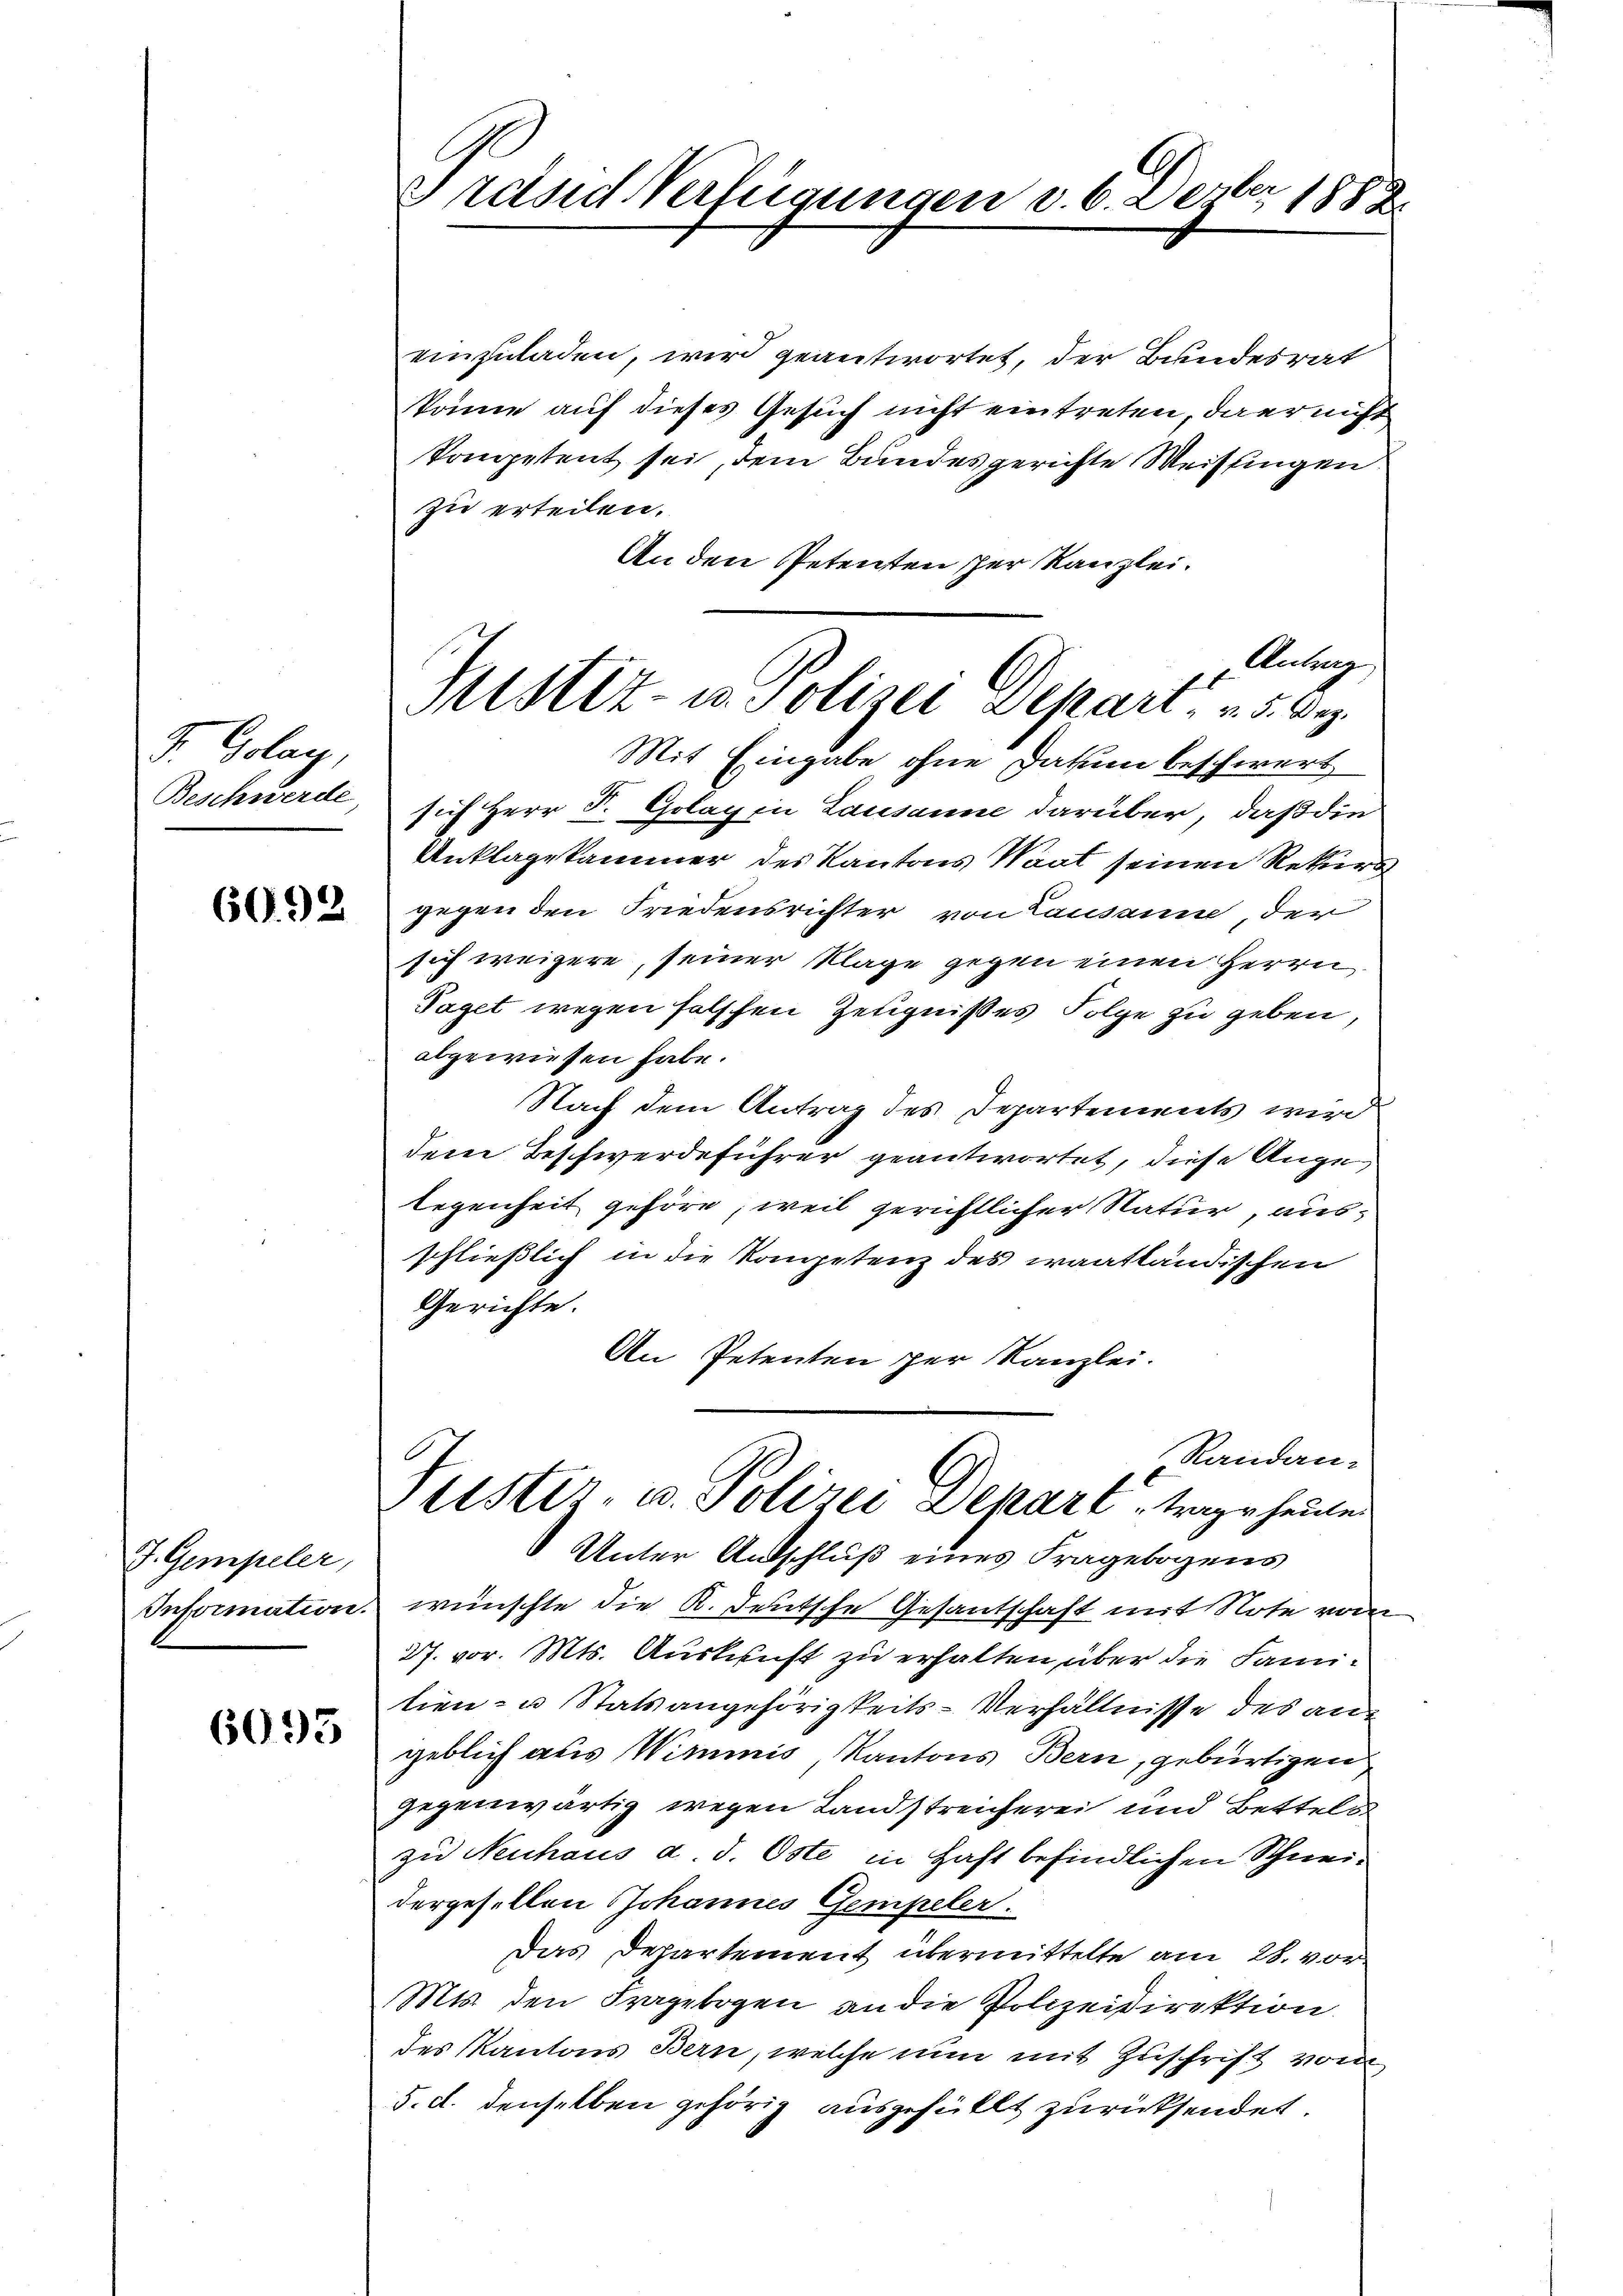
F. Golay,
Beschwerde,

60.93

J. Gempeler,
Information.

6093

Präsid Verfügungen v. 6. Derber 1889.

MSit- u. Polizei Depart v. 5. Dez.
Mit Eingabe ohne Datum beschwert
sich Herr F. Golag in Lausanne darüber, daß die

einzuladen, wird geantwortet, der Bundesrat
könne auf dieses Gesuch nicht eintreten darnicht
kompetent sei, dem Bundesgerichte Weisungen.
zu erteilen.
An den Petenten scher Kanzlei.
Antrag
Anklagekammer des Kantons Waat seinen Rekurs
gegen den Friedensrichter von Lausanne der
sich weigere, seiner Klage gegen einen Herrn
Taget wegen falschen Zeugnißes Folge zu geben,
abgewiesen habe.
Nach dem Antrag des Departements wird
dem Beschwerdeführer geantwortet, diese Auge
legenheit gehöre, weil gerichtlicher Natur, ausschließlich in die Kompetenz des waatländischen
Gerichte.
An Petenten per Kanzlei.
Randan-
ustiz- u. Polizei Depart, trage heuten
Unter Antschluß eines Fragebogens
wünschte die K. Deutsche Gesantschaft mit Note vom
27. vor. Mts. Auskunft zu erhalten, über die Famitien- u Statsangehörigkeits-Verhältnisse des angeblich aus Wimmis, Kantons Bern, gebürtigen
gegenwärtig wegen Landstreicherei und Betteln
zu Neuhaus d. d. Oste in Haft befindlichen Schneidergesellen Johannes Gempeler.
Das Departement übermittelte am 28. vor
Mts. den Fragebogen an die Polizeidirektion.
des Kantons Bern, welche nun mit Zuschrift vom
5. d. denselben gehörig ausgefüllt zurücksendet.